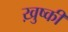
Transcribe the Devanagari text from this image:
ख़ुष्की